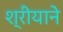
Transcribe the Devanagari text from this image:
श्रीयाने